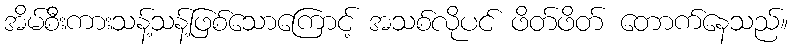
အိမ်စီးကားသန့်သန့်ဖြစ်သောကြောင့် အသစ်လိုပင် ဖိတ်ဖိတ် တောက်နေသည်။